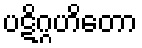
ပဋိဂ္ဂဟိတော